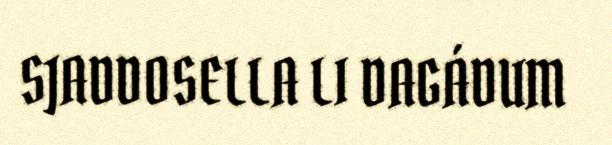
SJADDOSELLA LI DAGÁDUM